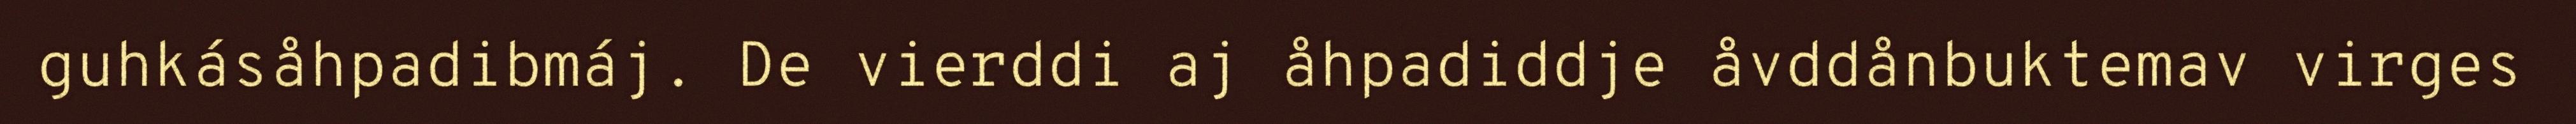
guhkásåhpadibmáj. De vierddi aj åhpadiddje åvddånbuktemav virges